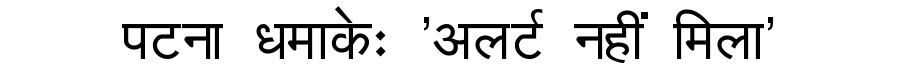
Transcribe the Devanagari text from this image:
पटना धमाकेः 'अलर्ट नहीं मिला'